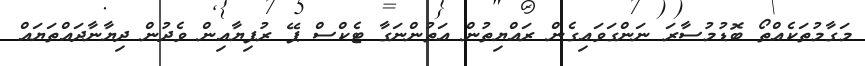
މަގާމުތަކެއްތޯ ބޮޑުމުސާރަ ނަންގަވައިގެން ރައްޔިތުން އަތުންނަގާ ޓެކްސް ޕޭ ރުފިޔާއިން ވެދުން ދިޔާނާދައްތަޔައް